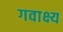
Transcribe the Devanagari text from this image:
गवाक्ष्य